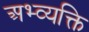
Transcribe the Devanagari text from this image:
अभ्व्यक्ति